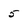
Character: 5